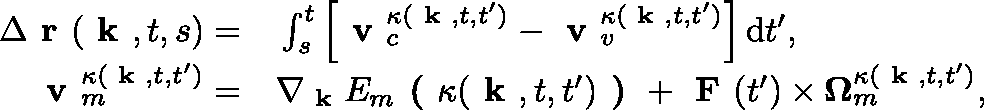
\begin{array} { r l } { \Delta \textbf { r } ( \textbf { k } , t , s ) = } & { { } \int _ { s } ^ { t } \left[ \textbf { v } _ { c } ^ { \kappa ( \textbf { k } , t , t ^ { \prime } ) } - \textbf { v } _ { v } ^ { \kappa ( \textbf { k } , t , t ^ { \prime } ) } \right] \mathrm { d } t ^ { \prime } , } \\ { \textbf { v } _ { m } ^ { \kappa ( \textbf { k } , t , t ^ { \prime } ) } = } & { { } \nabla _ { \textbf { k } } E _ { m } \textbf { ( } \kappa ( \textbf { k } , t , t ^ { \prime } ) \textbf { ) } + \textbf { F } ( t ^ { \prime } ) \times \mathbf { \Omega } _ { m } ^ { \kappa ( \textbf { k } , t , t ^ { \prime } ) } , } \end{array}